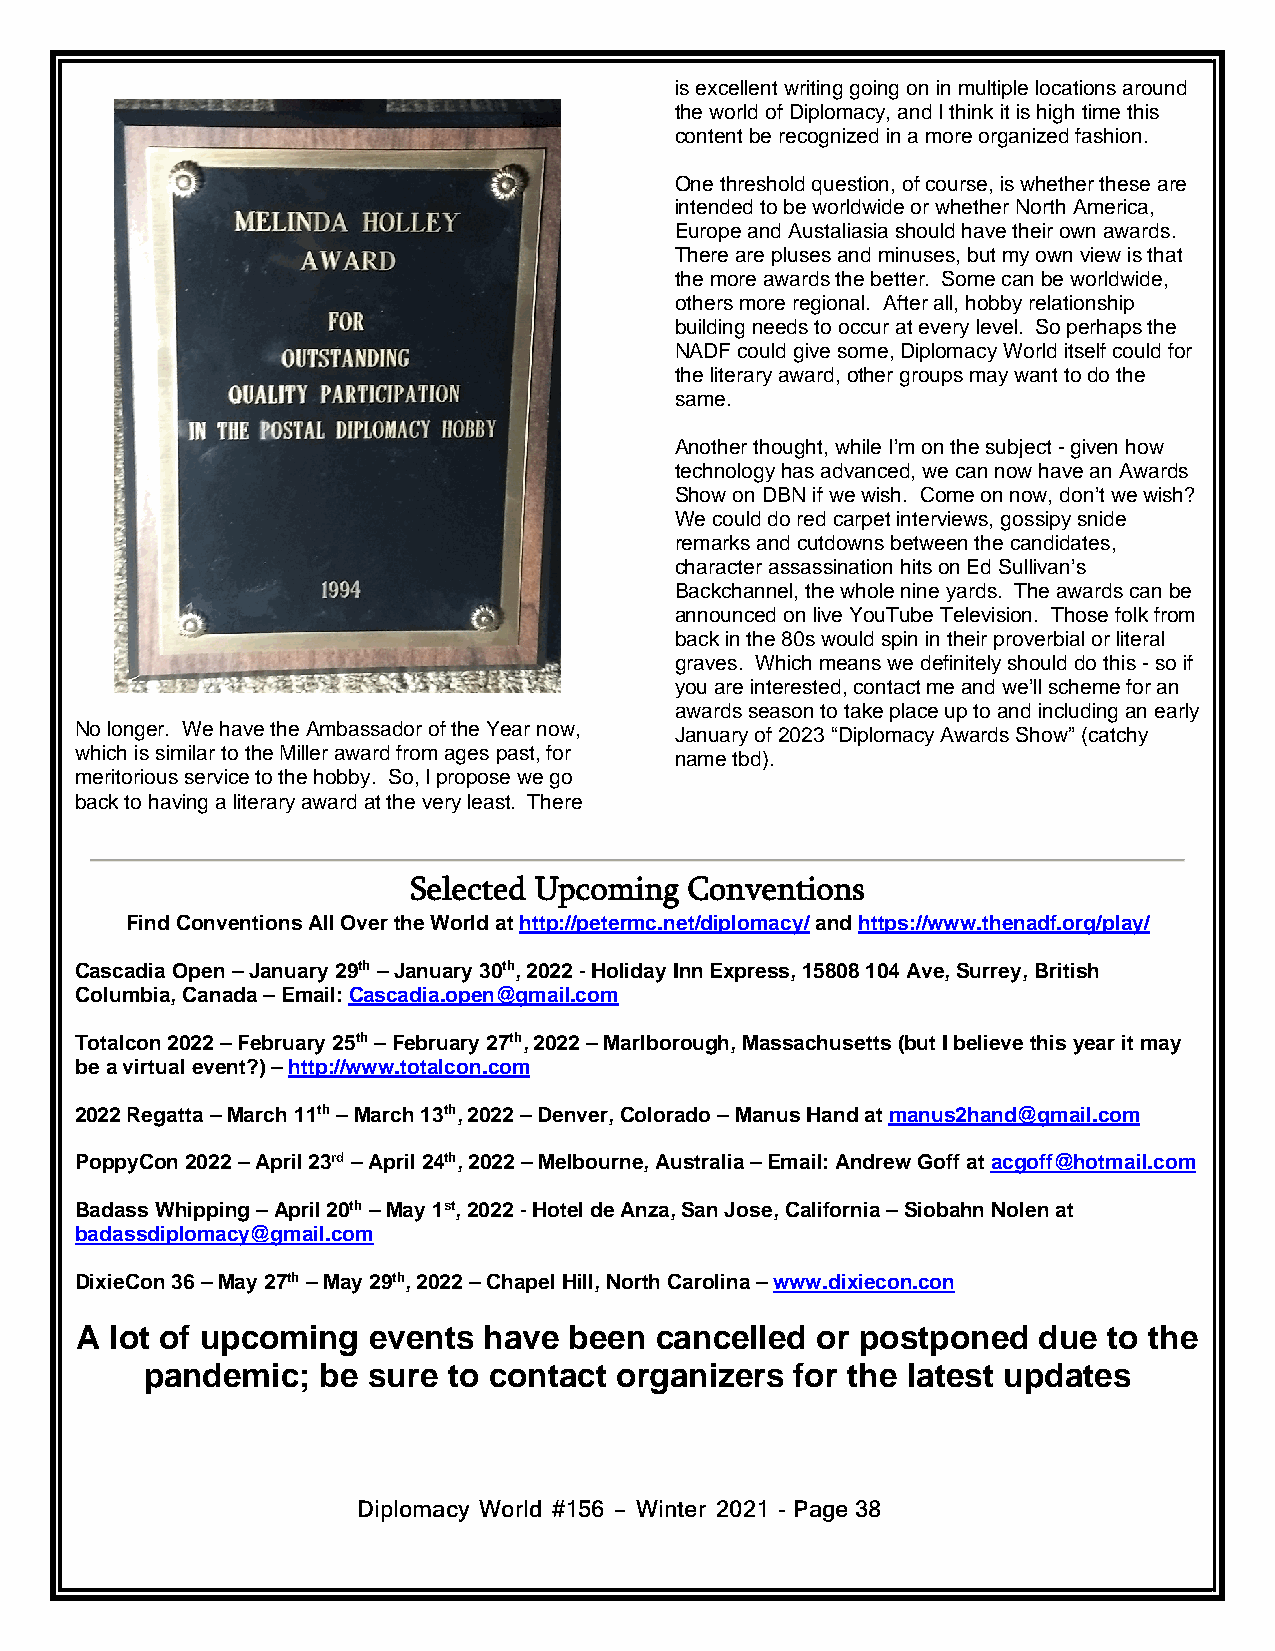
is excellent writing going on in multiple locations around
 the world of Diplomacy, and I think it is high time this
 content be recognized in a more organized fashion.
 One threshold question, of course, is whether these are
 intended to be worldwide or whether North America,
 Europe and Austaliasia should have their own awards.
 There are pluses and minuses, but my own view is that
 the more awards the better. Some can be worldwide,
 others more regional. After all, hobby relationship
 building needs to occur at every level. So perhaps the
 NADF could give some, Diplomacy World itself could for
 the literary award, other groups may want to do the
 same.
 Another thought, while I’m on the subject - given how
 technology has advanced, we can now have an Awards
 Show on DBN if we wish. Come on now, don’t we wish?
 We could do red carpet interviews, gossipy snide
 remarks and cutdowns between the candidates,
 character assassination hits on Ed Sullivan’s
 Backchannel, the whole nine yards. The awards can be
 announced on live YouTube Television. Those folk from
 back in the 80s would spin in their proverbial or literal
 graves. Which means we definitely should do this - so if
 you are interested, contact me and we’ll scheme for an
 awards season to take place up to and including an early
 No longer. We have the Ambassador of the Year now, January of 2023 “Diplomacy Awards Show” (catchy
 which is similar to the Miller award from ages past, for name tbd).
 meritorious service to the hobby. So, I propose we go
 back to having a literary award at the very least. There
 Selected Upcoming  Conventions
 Find Conventions All Over the World at http://petermc.net/diplomacy/ and https://www.thenadf.org/play/
 Cascadia Open – January 29th – January 30th, 2022 - Holiday Inn Express, 15808 104 Ave, Surrey, British
 Columbia, Canada – Email: Cascadia.open@gmail.com
 Totalcon 2022 – February 25th – February 27th, 2022 – Marlborough, Massachusetts (but I believe this year it may
 be a virtual event?) – http://www.totalcon.com
 2022 Regatta – March 11th – March 13th, 2022 – Denver, Colorado – Manus Hand at manus2hand@gmail.com
 PoppyCon 2022 – April 23rd – April 24th, 2022 – Melbourne, Australia – Email: Andrew Goff at acgoff@hotmail.com
 Badass Whipping – April 20th – May 1st, 2022 - Hotel de Anza, San Jose, California – Siobahn Nolen at
 badassdiplomacy@gmail.com
 DixieCon 36 – May 27th – May 29th, 2022 – Chapel Hill, North Carolina – www.dixiecon.con
 A lot of upcoming  events  have  been cancelled  or postponed   due to the
 pandemic;  be sure  to contact organizers  for the latest updates
 Diplomacy World #156 – Winter 2021 - Page38